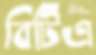
বিটিএ